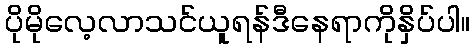
ပိုမိုလေ့လာသင်ယူရန်ဒီနေရာကိုနှိပ်ပါ။